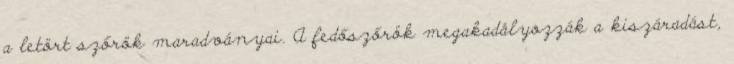
a letört szőrök maradványai. A fedőszőrök megakadályozzák a kiszáradást,